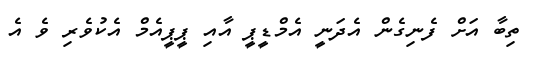
ތިބާ އަށް ފެނިގެން އެދަނީ އެމްޑީޕީ އާއި ޕީޕީއެމް އެކުވެރި ވެ އެ